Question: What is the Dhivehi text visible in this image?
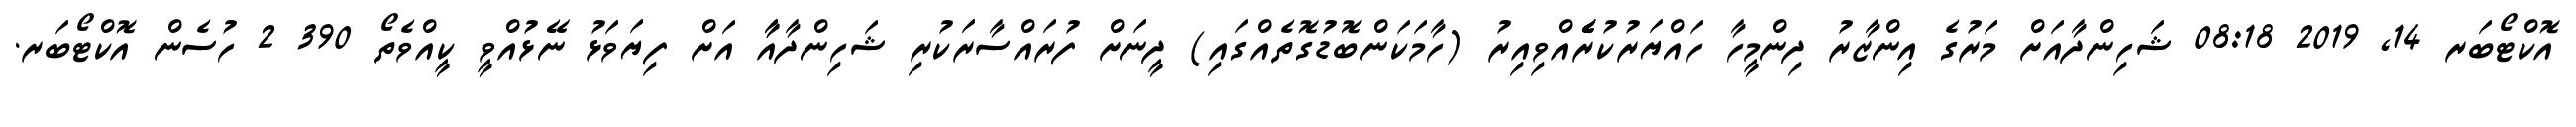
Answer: އޮކްޓޯބަރ 14, 2019 08:18 ޝަހިންދާއަށް މަރުގެ އިންޒާރު ދިންމީހާ ހައްޔަރުކުރެެެެެއްވިއިރު (ހާމަކަންބޮޑުގޮތެއްގައި) ދީނަށް ފުރައްސާރަކުރި ޝަހިންދާއާާ އަށް ފިޔަވަޅު ނޭޅުއްވީ ކީއްވެތޯ 390 2 ހުސެން އޮކްޓޯބަރ.